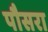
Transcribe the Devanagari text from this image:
पौसरा